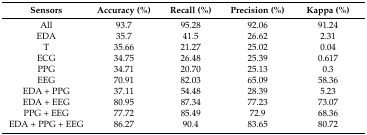
<table><thead><tr><td><b>Sensors</b></td><td><b>Accuracy (%)</b></td><td><b>Recall (%)</b></td><td><b>Precision (%)</b></td><td><b>Kappa (%)</b></td></tr></thead><tbody><tr><td>All</td><td>93.7</td><td>95.28</td><td>92.06</td><td>91.24</td></tr><tr><td>EDA</td><td>35.7</td><td>41.5</td><td>26.62</td><td>2.31</td></tr><tr><td>T</td><td>35.66</td><td>21.27</td><td>25.02</td><td>0.04</td></tr><tr><td>ECG</td><td>34.75</td><td>26.48</td><td>25.39</td><td>0.617</td></tr><tr><td>PPG</td><td>34.71</td><td>20.70</td><td>25.13</td><td>0.3</td></tr><tr><td>EEG</td><td>70.91</td><td>82.03</td><td>65.09</td><td>58.36</td></tr><tr><td>EDA + PPG</td><td>37.11</td><td>54.48</td><td>28.39</td><td>5.23</td></tr><tr><td>EDA + EEG</td><td>80.95</td><td>87.34</td><td>77.23</td><td>73.07</td></tr><tr><td>PPG + EEG</td><td>77.72</td><td>85.49</td><td>72.9</td><td>68.36</td></tr><tr><td>EDA + PPG + EEG</td><td>86.27</td><td>90.4</td><td>83.65</td><td>80.72</td></tr></tbody></table>